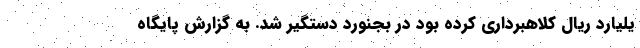
یلیارد ریال کلاهبرداری کرده بود در بجنورد دستگیر شد. به گزارش پایگاه